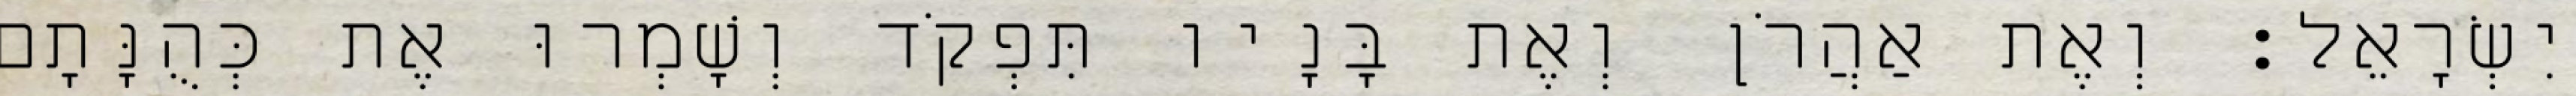
יִשְׂרָאֵל׃ וְאֶת אַהֲרֹן וְאֶת בָּנָיו תִּפְקֹד וְשָׁמְרוּ אֶת כְּהֻנָּתָם